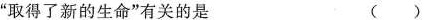
“取得了新的生命”有关的是 ()